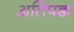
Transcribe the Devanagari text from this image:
अतिपक्व